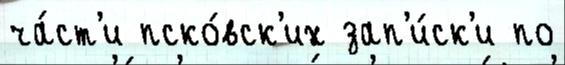
ча́ст'и пско́вск'их зап'и́ск'и по